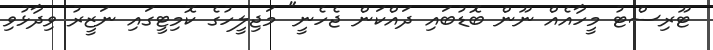
ޓޫރިސްޓު މީހާއެއް ނޫން ބޮޑުބައި ދައްކަން ޖެހެނީ" މަޖިލީހުގެ ކޮމިޓީގައި ނަޒީރު ވިދާޅުވި